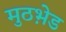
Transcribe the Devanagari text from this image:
मुठभ़ेड